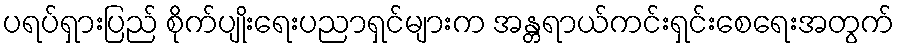
ပရပ်ရှားပြည် စိုက်ပျိုးရေးပညာရှင်များက အန္တရာယ်ကင်းရှင်းစေရေးအတွက်